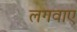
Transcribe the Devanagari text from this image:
लगवाएं